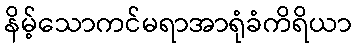
နိမ့်သောကင်မရာအာရုံခံကိရိယာ